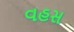
વહસ